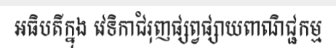
អធិបតីក្នុង វេទិកាជំរុញផ្សព្វផ្សាយពាណិជ្ជកម្ម